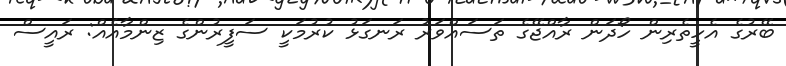
ބޭރުގެ އެހީތެރިން ހޯދަން ރާއްޖޭގެ ތަސައްވަރު ރަނގަޅު ކުރުމަކީ ސަފީރުންގެ ޒިންމާއެއް: ރައީސް